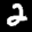
Label: 2